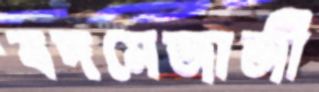
বদমেজাজী